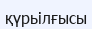
қүрьілғысы